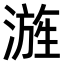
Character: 𣻓